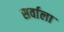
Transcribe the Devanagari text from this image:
सर्वाला